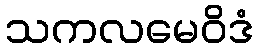
သကလမေဝိဒံ